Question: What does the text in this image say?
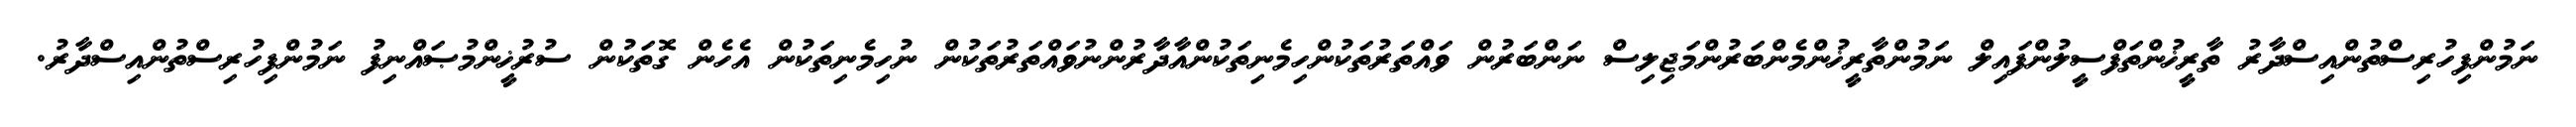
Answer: ނަމުންފިހުރިސްތުންއިސްދާރު ތާރީޚުންތަފްސީލުންފައިލް ނަމުންތާރީޚުންމެންބަރުންމަޖިލިސް ނަންބަރުން ވައްތަރުތަކުންހިމެނިތަކުންއާދާރުންނުވައްތަރުތަކުން ނުހިމެނިތަކުން އެހެން ގޮތަކުން ސުރުޚީންމުޞައްނިފު ނަމުންފިހުރިސްތުންއިސްދާރު.